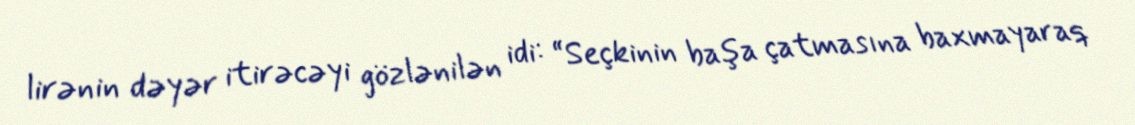
lirənin dəyər itirəcəyi gözlənilən idi: “Seçkinin başa çatmasına baxmayaraq